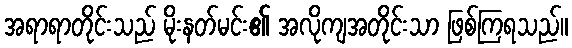
အရာရာတိုင်းသည် မိုးနတ်မင်း၏ အလိုကျအတိုင်းသာ ဖြစ်ကြရသည်။